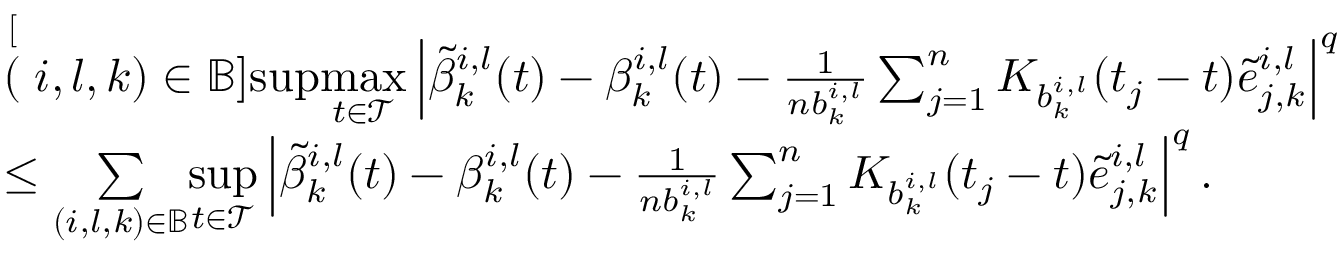
\begin{array} { r l } & { \stackrel [ ( i , l , k ) \in \mathbb { B } ] { \operatorname* { s u p } } \underset { t \in \mathcal { T } } { \operatorname* { m a x } } \left| \tilde { \beta } _ { k } ^ { i , l } ( t ) - \beta _ { k } ^ { i , l } ( t ) - \frac { 1 } { n b _ { k } ^ { i , l } } \sum _ { j = 1 } ^ { n } K _ { b _ { k } ^ { i , l } } ( t _ { j } - t ) \tilde { e } _ { j , k } ^ { i , l } \right| ^ { q } } \\ & { \leq \underset { ( i , l , k ) \in \mathbb { B } } { \sum } \underset { t \in \mathcal { T } } { \operatorname* { s u p } } \left| \tilde { \beta } _ { k } ^ { i , l } ( t ) - \beta _ { k } ^ { i , l } ( t ) - \frac { 1 } { n b _ { k } ^ { i , l } } \sum _ { j = 1 } ^ { n } K _ { b _ { k } ^ { i , l } } ( t _ { j } - t ) \tilde { e } _ { j , k } ^ { i , l } \right| ^ { q } . } \end{array}